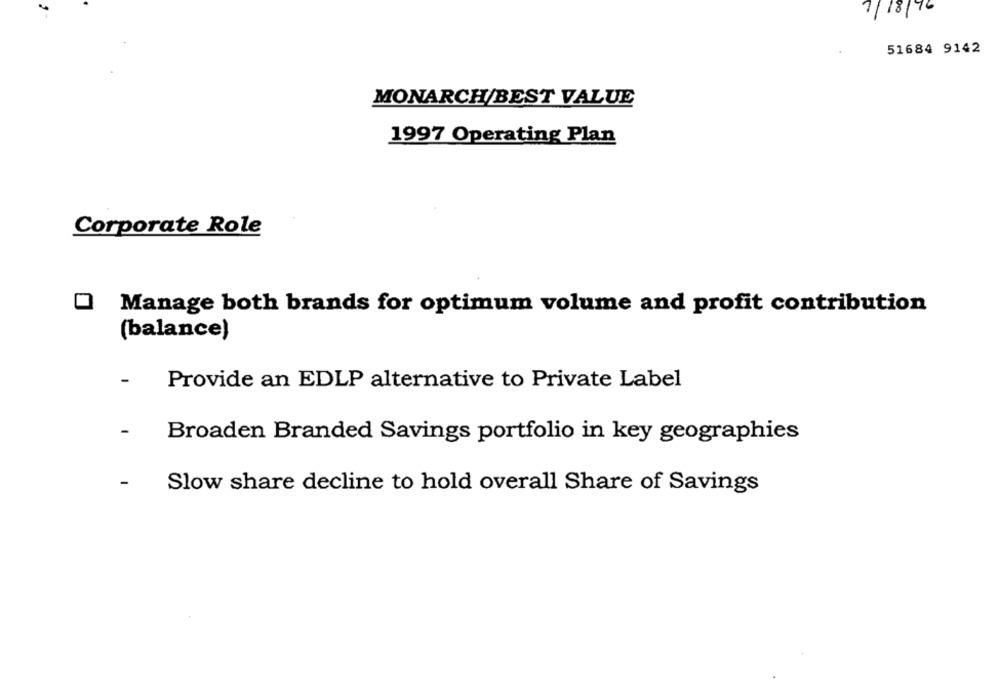
7/18/76
51684 9142
MONARCH/BEST VALUE
1997 Operating Plan
Corporate Role
Manage both brands for optimum volume and profit contribution
(balance)
Provide an EDLP alternative to Private Label
Broaden Branded Savings portfolio in key geographies
Slow share decline to hold overall Share of Savings